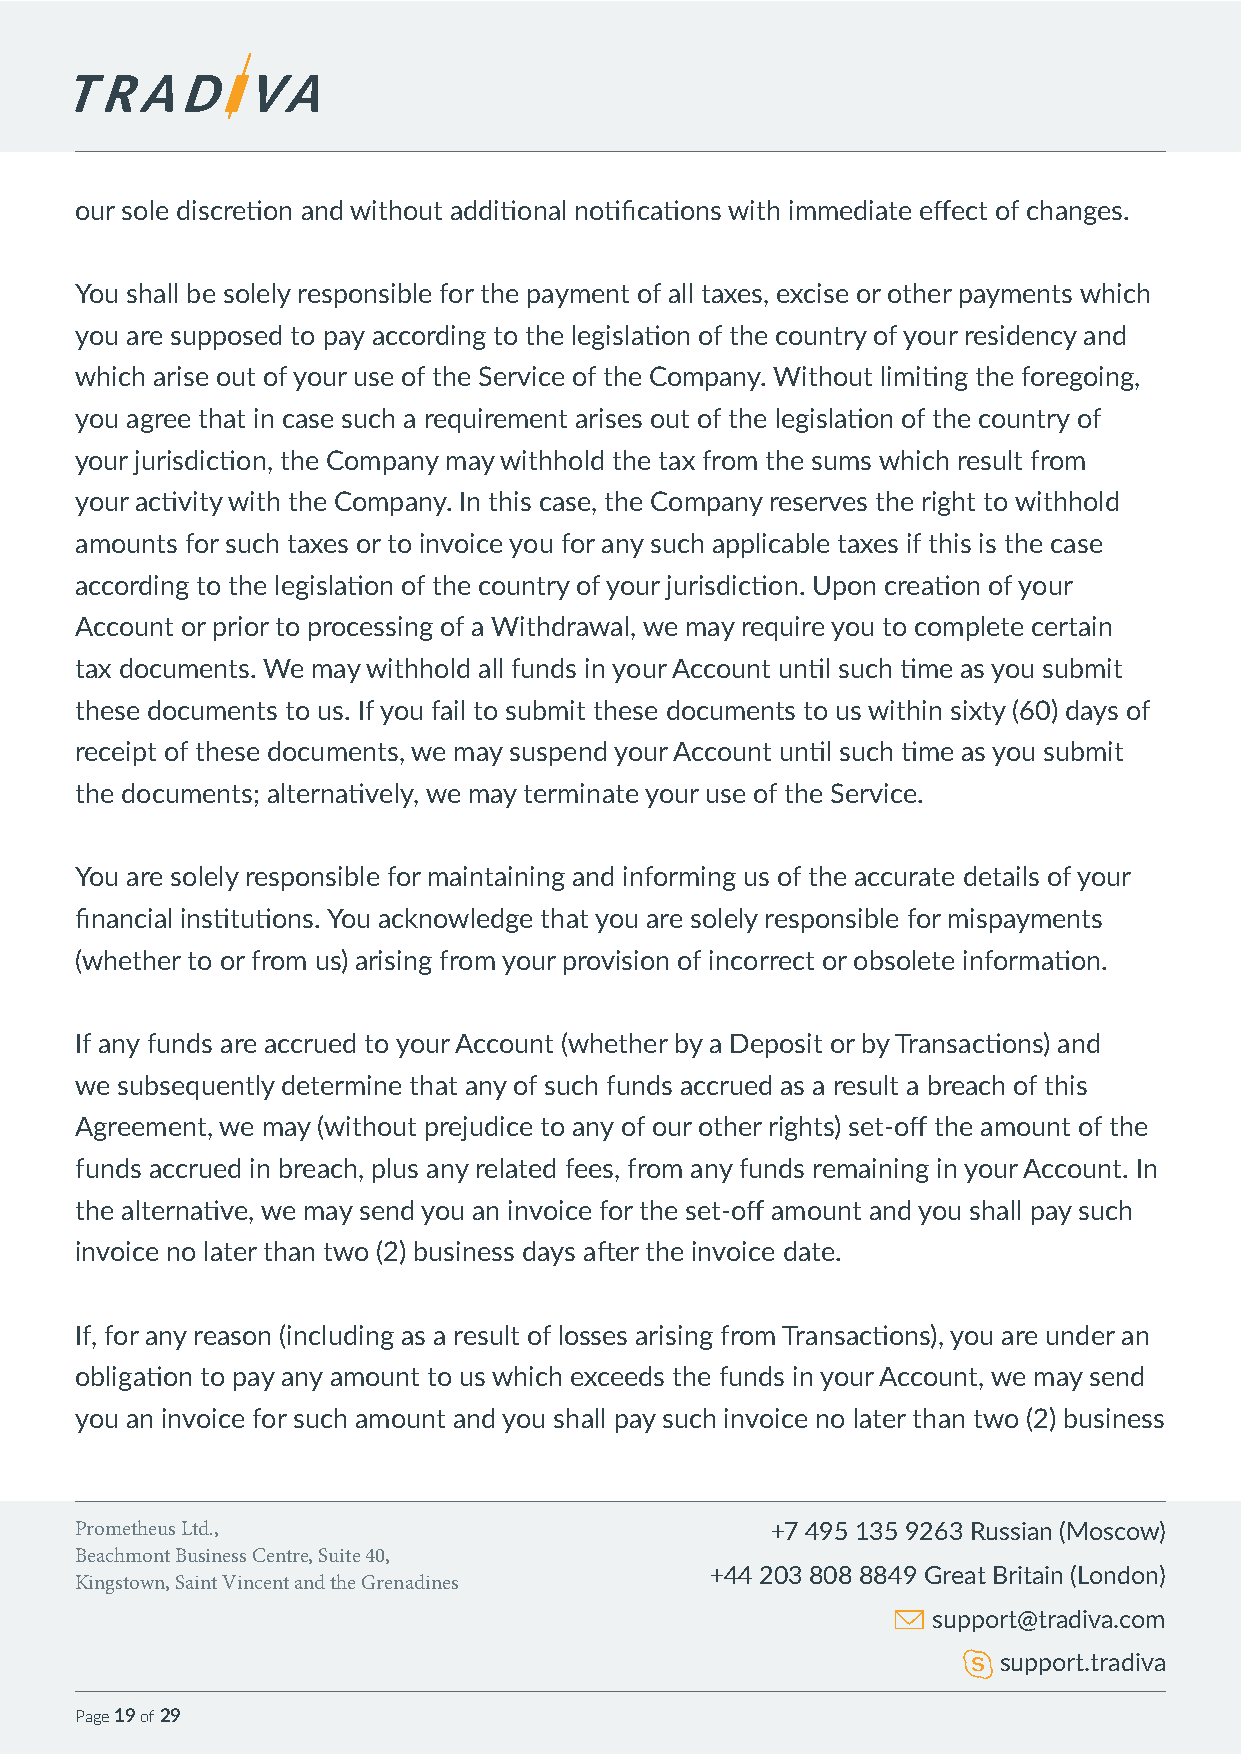
our sole discretion and without additional notifications with immediate effect of changes.
 You shall be solely responsible for the payment of all taxes, excise or other payments which
 you are supposed to pay according to the legislation of the country of your residency and
 which arise out of your use of the Service of the Company. Without limiting the foregoing,
 you agree that in case such a requirement arises out of the legislation of the country of
 your jurisdiction, the Company may withhold the tax from the sums which result from
 your activity with the Company. In this case, the Company reserves the right to withhold
 amounts for such taxes or to invoice you for any such applicable taxes if this is the case
 according to the legislation of the country of your jurisdiction. Upon creation of your
 Account or prior to processing of a Withdrawal, we may require you to complete certain
 tax documents. We may withhold all funds in your Account until such time as you submit
 these documents to us. If you fail to submit these documents to us within sixty (60) days of
 receipt of these documents, we may suspend your Account until such time as you submit
 the documents; alternatively, we may terminate your use of the Service.
 You are solely responsible for maintaining and informing us of the accurate details of your
 financial institutions. You acknowledge that you are solely responsible for mispayments
 (whether to or from us) arising from your provision of incorrect or obsolete information.
 If any funds are accrued to your Account (whether by a Deposit or by Transactions) and
 we subsequently determine that any of such funds accrued as a result a breach of this
 Agreement, we may (without prejudice to any of our other rights) set-off the amount of the
 funds accrued in breach, plus any related fees, from any funds remaining in your Account. In
 the alternative, we may send you an invoice for the set-off amount and you shall pay such
 invoice no later than two (2) business days after the invoice date.
 If, for any reason (including as a result of losses arising from Transactions), you are under an
 obligation to pay any amount to us which exceeds the funds in your Account, we may send
 you an invoice for such amount and you shall pay such invoice no later than two (2) business
 Prometheus Ltd.,                              +7 495 135 9263 Russian (Moscow)
 Beachmont Business Centre, Suite 40,
 +44 203 808 8849 Great Britain (London)
 Kingstown, Saint Vincent and the Grenadines
 support@tradiva.com
 support.tradiva
 Page 19 of 29